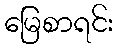
မြေစာရင်း